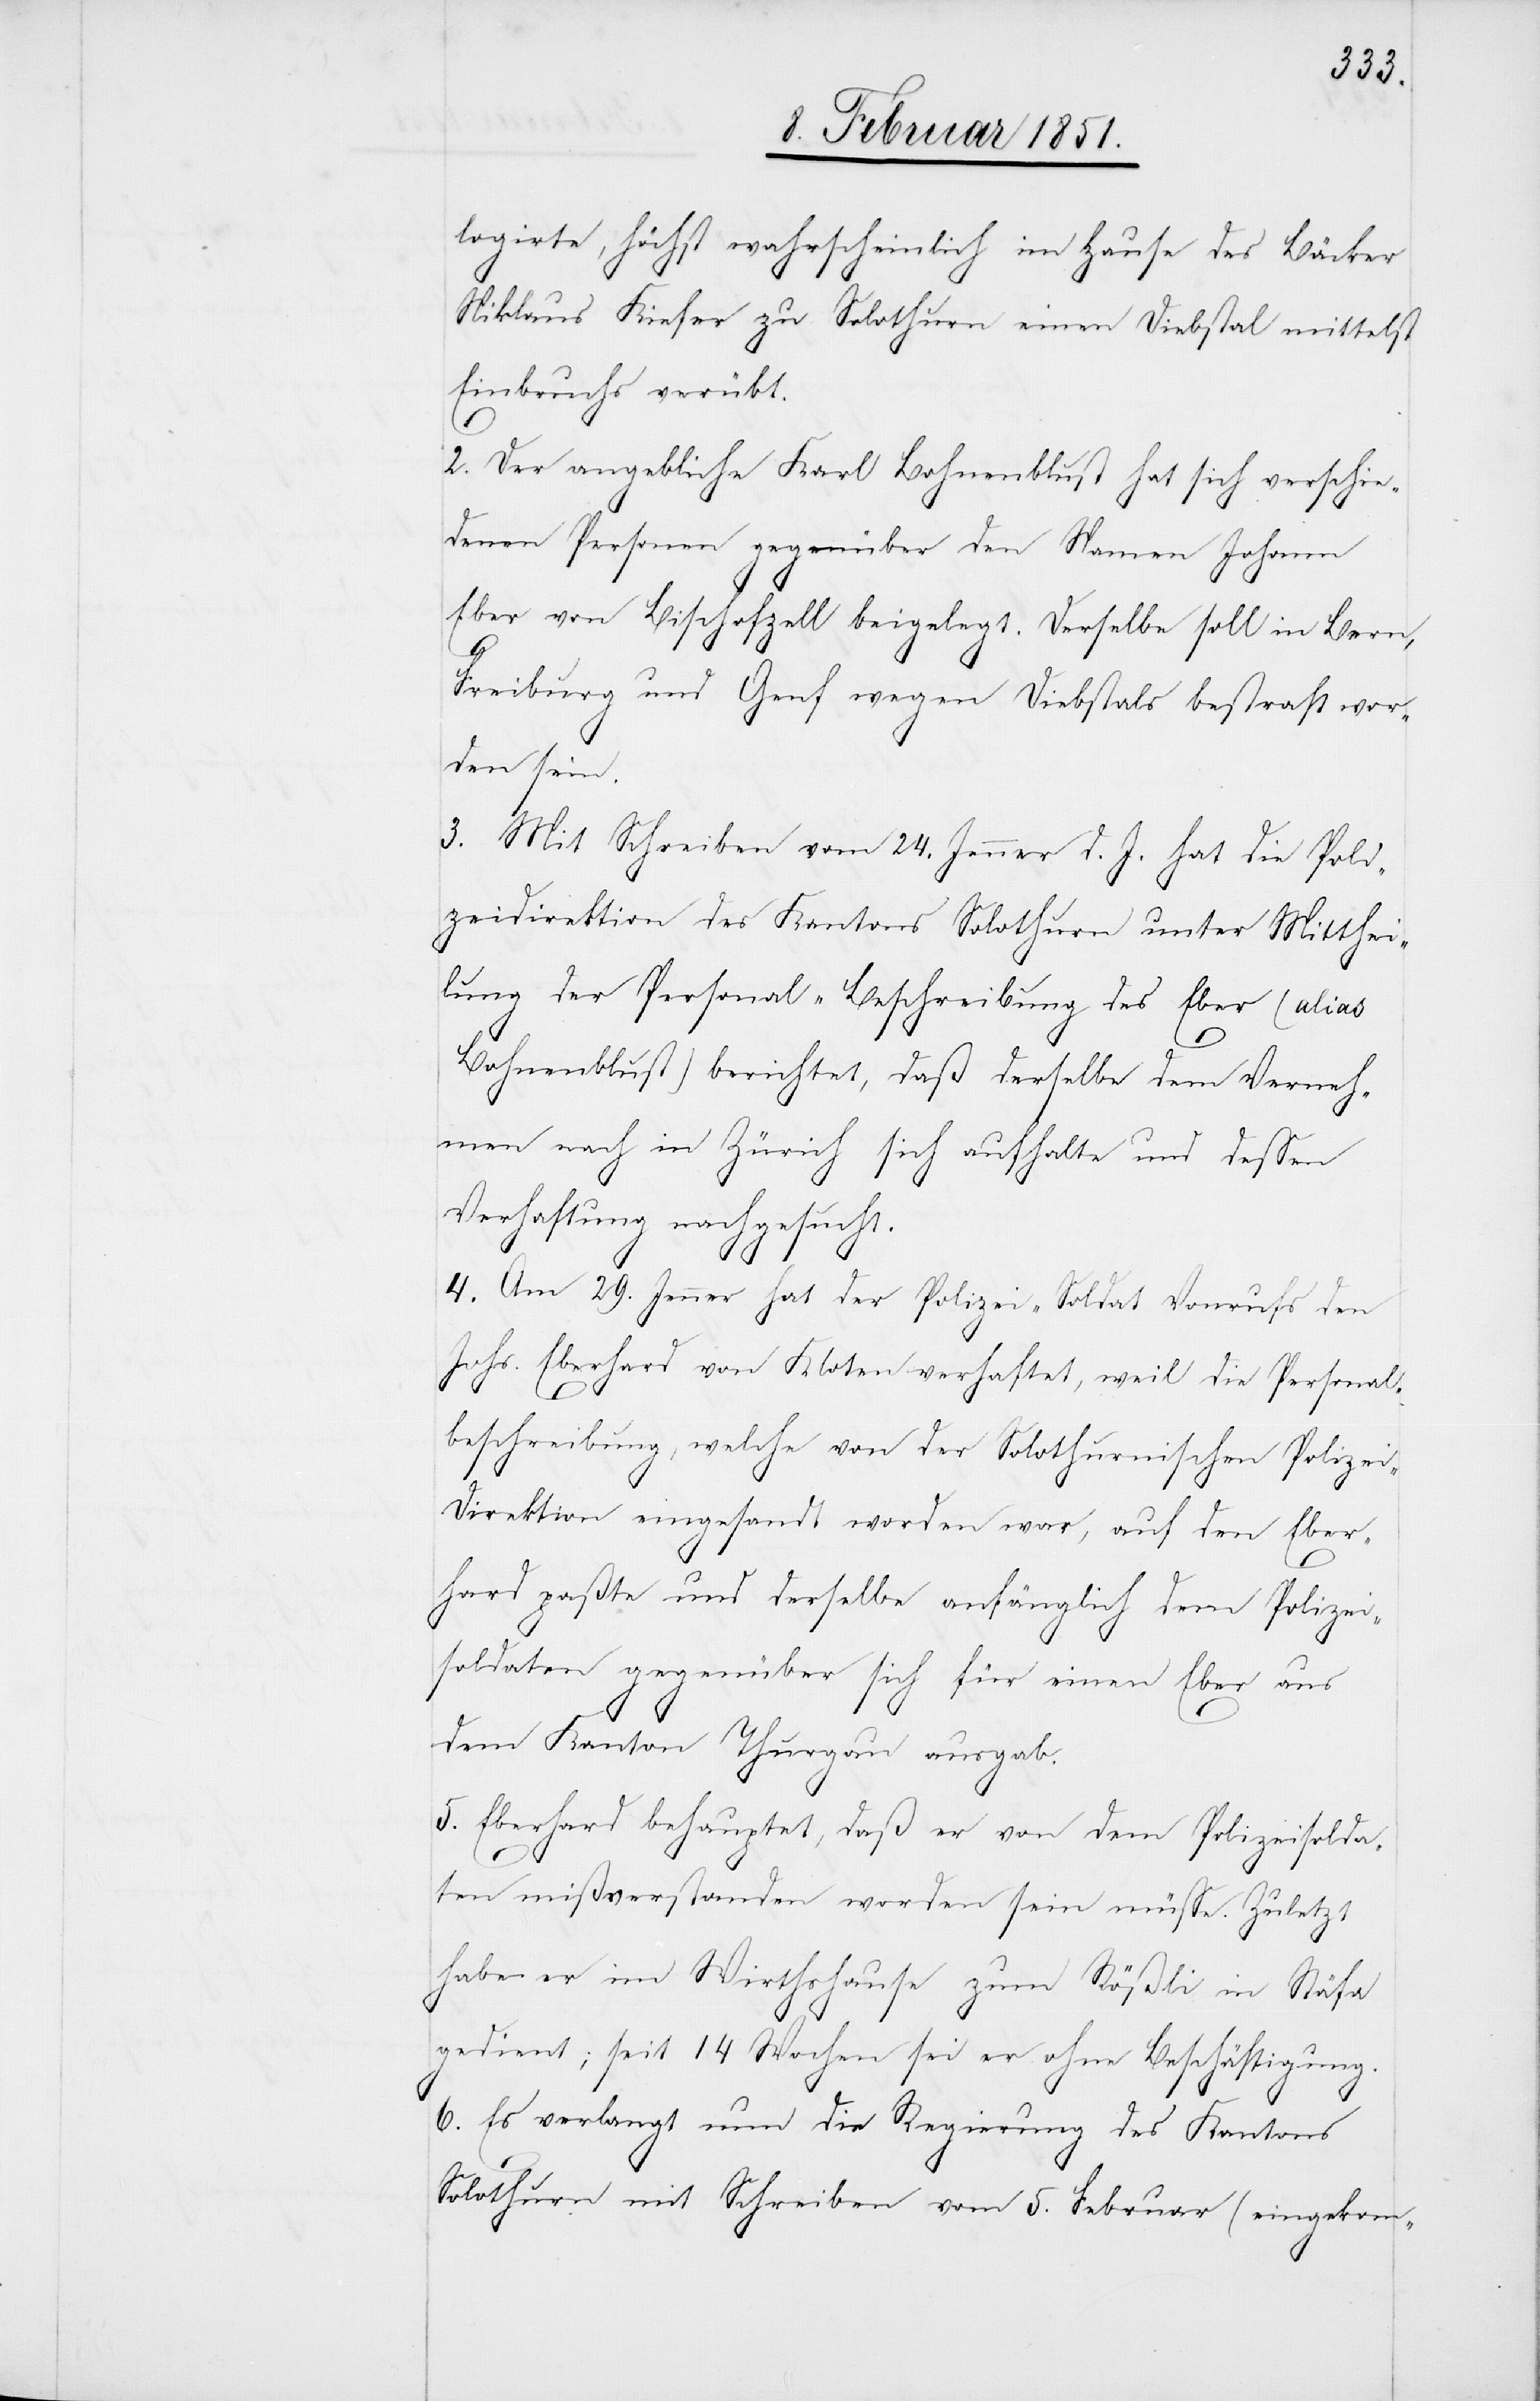
logirte, höchst wahrscheinlich im Hause des Bäcker
Niklaus Kiefer zu Solothurn einen Diebstal mittelst
Einbruchs verübt.
2. Der angebliche Karl Bohnenblust hat sich verschie¬
denen Personen gegenüber den Namen Johann
Eber von Bischofzell beigelegt. Derselbe soll in Bern,
Freiburg und Genf wegen Diebstals bestraft wor¬
den sein.
3. Mit Schreiben vom 24. Jenner d. J. hat die Poli¬
zeidirektion des Kantons Solothurn unter Mitthei¬
lung der Personal-Beschreibung des Eber (alias
Bohnenblust) berichtet, daß derselbe dem Verneh¬
men nach in Zürich sich aufhalte und dessen
Verhaftung nachgesucht.
4. Am 29. Jenner hat der Polizei-Soldat Vonrufs den
Johs. Eberhard von Kloten verhaftet, weil die Personal¬
beschreibung, welche von der Solothurnischen Polizei-D¬
irektion eingesandt worden war, auf den Eber¬
hard paßte und derselbe anfänglich dem Polizei¬
soldaten gegenüber sich für einen Eber aus
dem Kanton Thurgau ausgab.
5. Eberhard behauptet, daß er von dem Polizeisolda¬
ten mißverstanden worden sein müsse. Zuletzt
habe er im Wirthshause zum Rößli in Stäfa
gedient; seit 14 Wochen sei er ohne Beschäftigung.
6. Es verlangt nun die Regierung des Kantons
Solothurn mit Schreiben vom 5. Februar (eingekom-